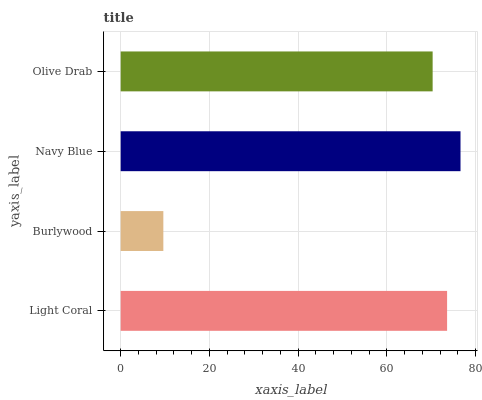
| yaxis_label | bars |
 | --- | --- |
 | Light Coral | 73.6 |
 | Burlywood | 9.62 |
 | Navy Blue | 76.6 |
 | Olive Drab | 70.3 |